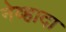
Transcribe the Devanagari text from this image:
नेव्हादा